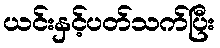
ယင်းနှင့်ပတ်သက်ပြီး